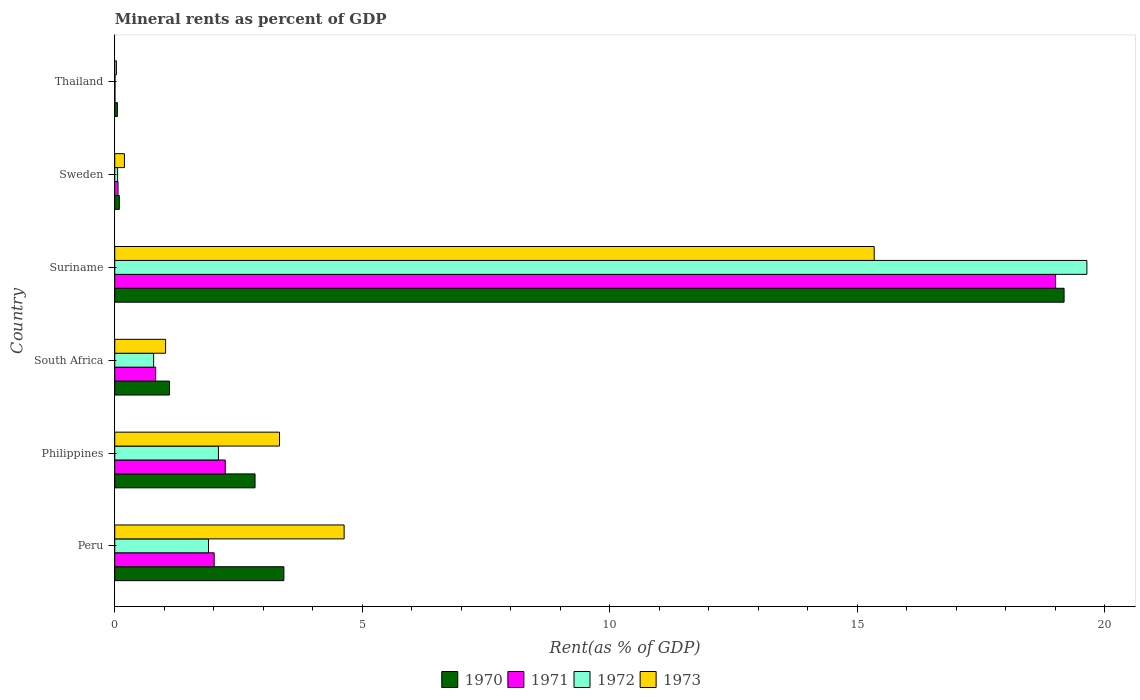
| Country | 1970 | 1971 | 1972 | 1973 |
 | --- | --- | --- | --- | --- |
 | Peru | 3.42 | 2.01 | 1.89 | 4.63 |
 | Philippines | 2.83 | 2.23 | 2.09 | 3.33 |
 | South Africa | 1.11 | 0.826 | 0.785 | 1.03 |
 | Suriname | 19.2 | 19 | 19.6 | 15.3 |
 | Sweden | 0.0926 | 0.0662 | 0.0574 | 0.195 |
 | Thailand | 0.054 | 0.0032 | 0.00507 | 0.0331 |